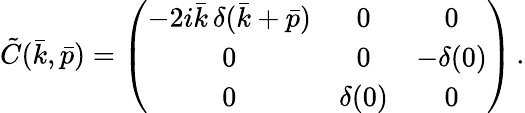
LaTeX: \tilde{C}(\bar{k},\bar{p})=\left(\begin{array}{ccc}{{-2i\bar{k}\, \delta(\bar{k}+\bar{p})}}&{{0}}&{{0}}\\ {{0}}&{{0}}&{{-\delta(0)}}\\ {{0}}&{{\delta(0)}}&{{0}}\end{array}\right)\, .